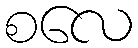
စလေ